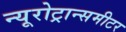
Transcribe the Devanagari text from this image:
न्यूरोट्रान्समीटर